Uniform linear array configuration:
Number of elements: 24
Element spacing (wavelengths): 0.5
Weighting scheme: hann
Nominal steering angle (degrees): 45
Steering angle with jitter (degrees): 45.624
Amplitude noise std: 0.05
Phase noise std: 0.05

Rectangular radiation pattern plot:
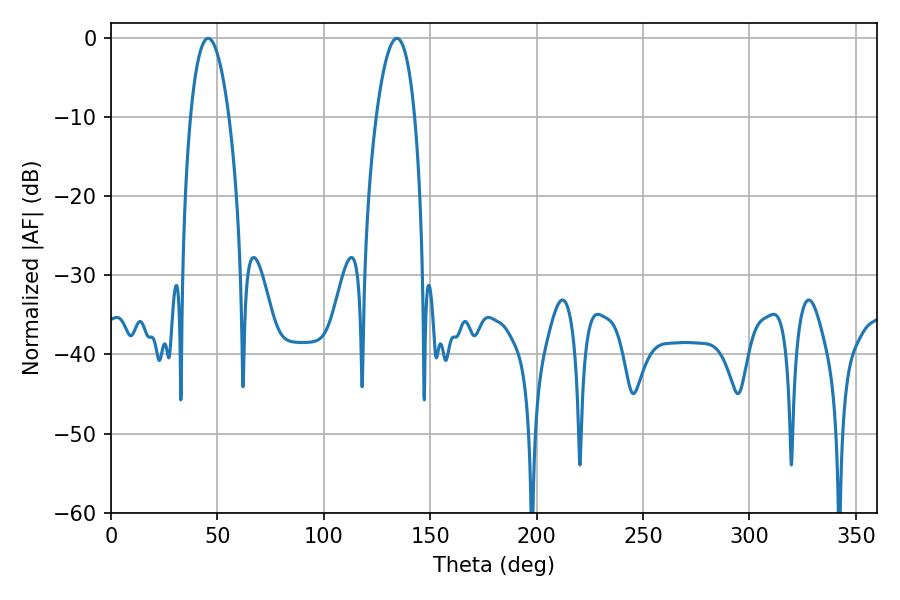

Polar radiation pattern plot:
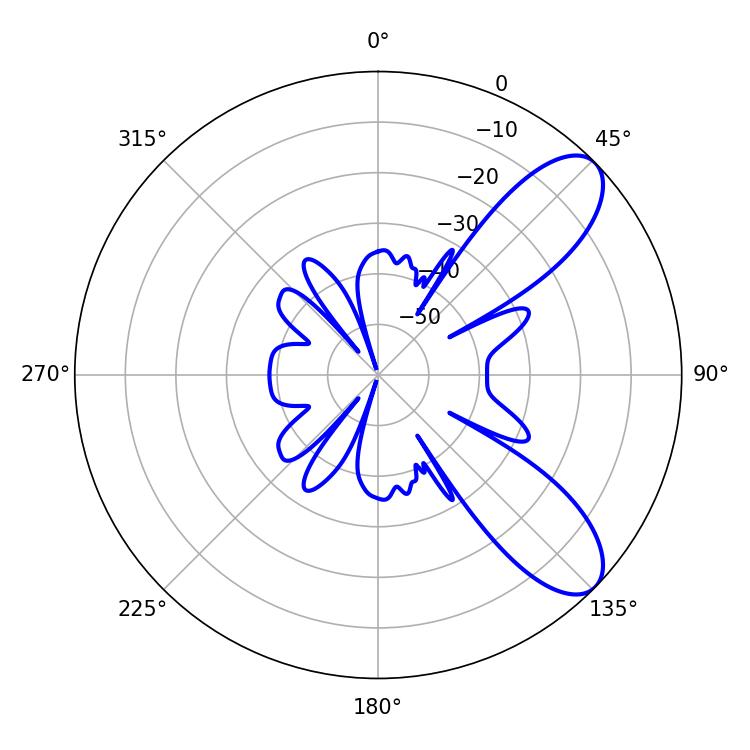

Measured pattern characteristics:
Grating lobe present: FALSE
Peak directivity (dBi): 8.706
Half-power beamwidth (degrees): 10.08
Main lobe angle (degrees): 134.28